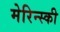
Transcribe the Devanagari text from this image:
मेरिन्स्की